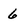
Character: 6